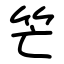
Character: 笀